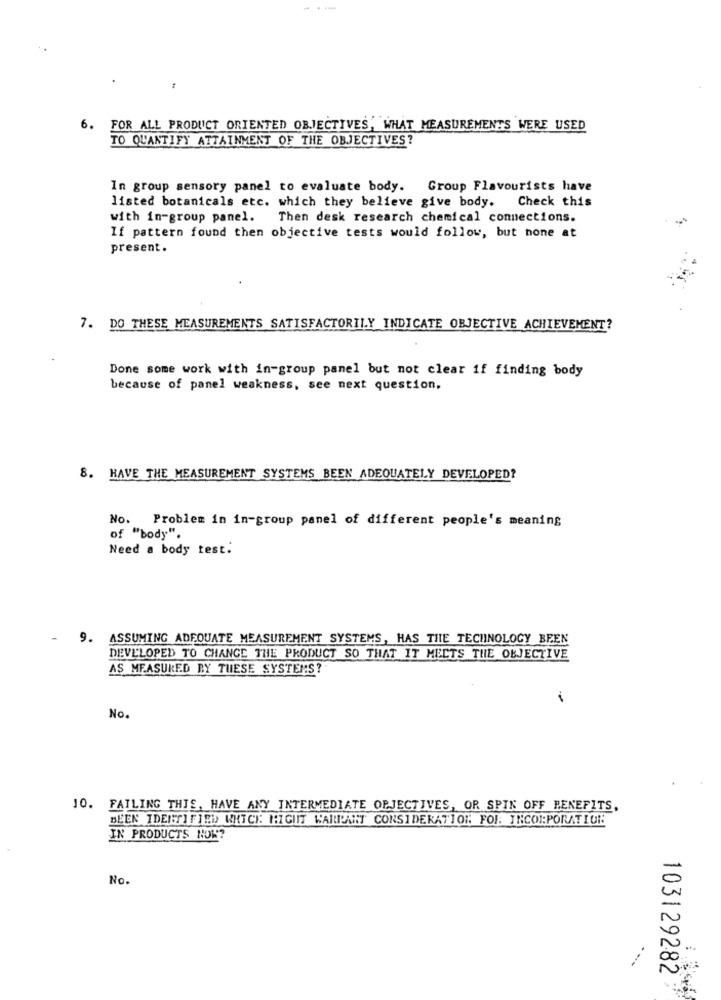
6. FOR ALL PRODUCT ORIENTED OBJECTIVES, WHAT MEASUREMENTS WERE USED
TO QUANTIFY ATTAINMENT OF THE OBJECTIVES?
In group sensory panel to evaluate body. Group Flavourists have
listed botanicals etc. which they believe give body. Check this
with in-group panel. Then desk research chemical connections.
If pattern found then objective tests would follow, but none at
present.
7. DO THESE MEASUREMENTS SATISFACTORILY INDICATE OBJECTIVE ACHIEVEMENT?
Done some work with in-group panel but not clear if finding body
because of panel weakness, see next question.
8. HAVE THE MEASUREMENT SYSTEMS BEEN ADEQUATELY DEVELOPED?
No.
Problem in in-group panel of different people's meaning
of "body".
Need a body test:
9. ASSUMING ADEQUATE MEASUREMENT SYSTEMS, HAS THE TECHNOLOGY BEEN
DEVELOPED TO CHANGE THE PRODUCT SO THAT IT MECTS THE OBJECTIVE
AS MEASURED BY THESE SYSTEMS?
No.
10. FAILING THIS, HAVE ANY INTERMEDIATE OPJECTIVES, OR SPIN OFF BENEFITS,
BEEN IDENTIFIED WHICH HIGHT WARRANT CONSIDERATION FOI: INCORPORATION
IN PRODUCTS NOW?
No.
..
103129282